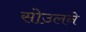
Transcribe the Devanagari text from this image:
सोउलने